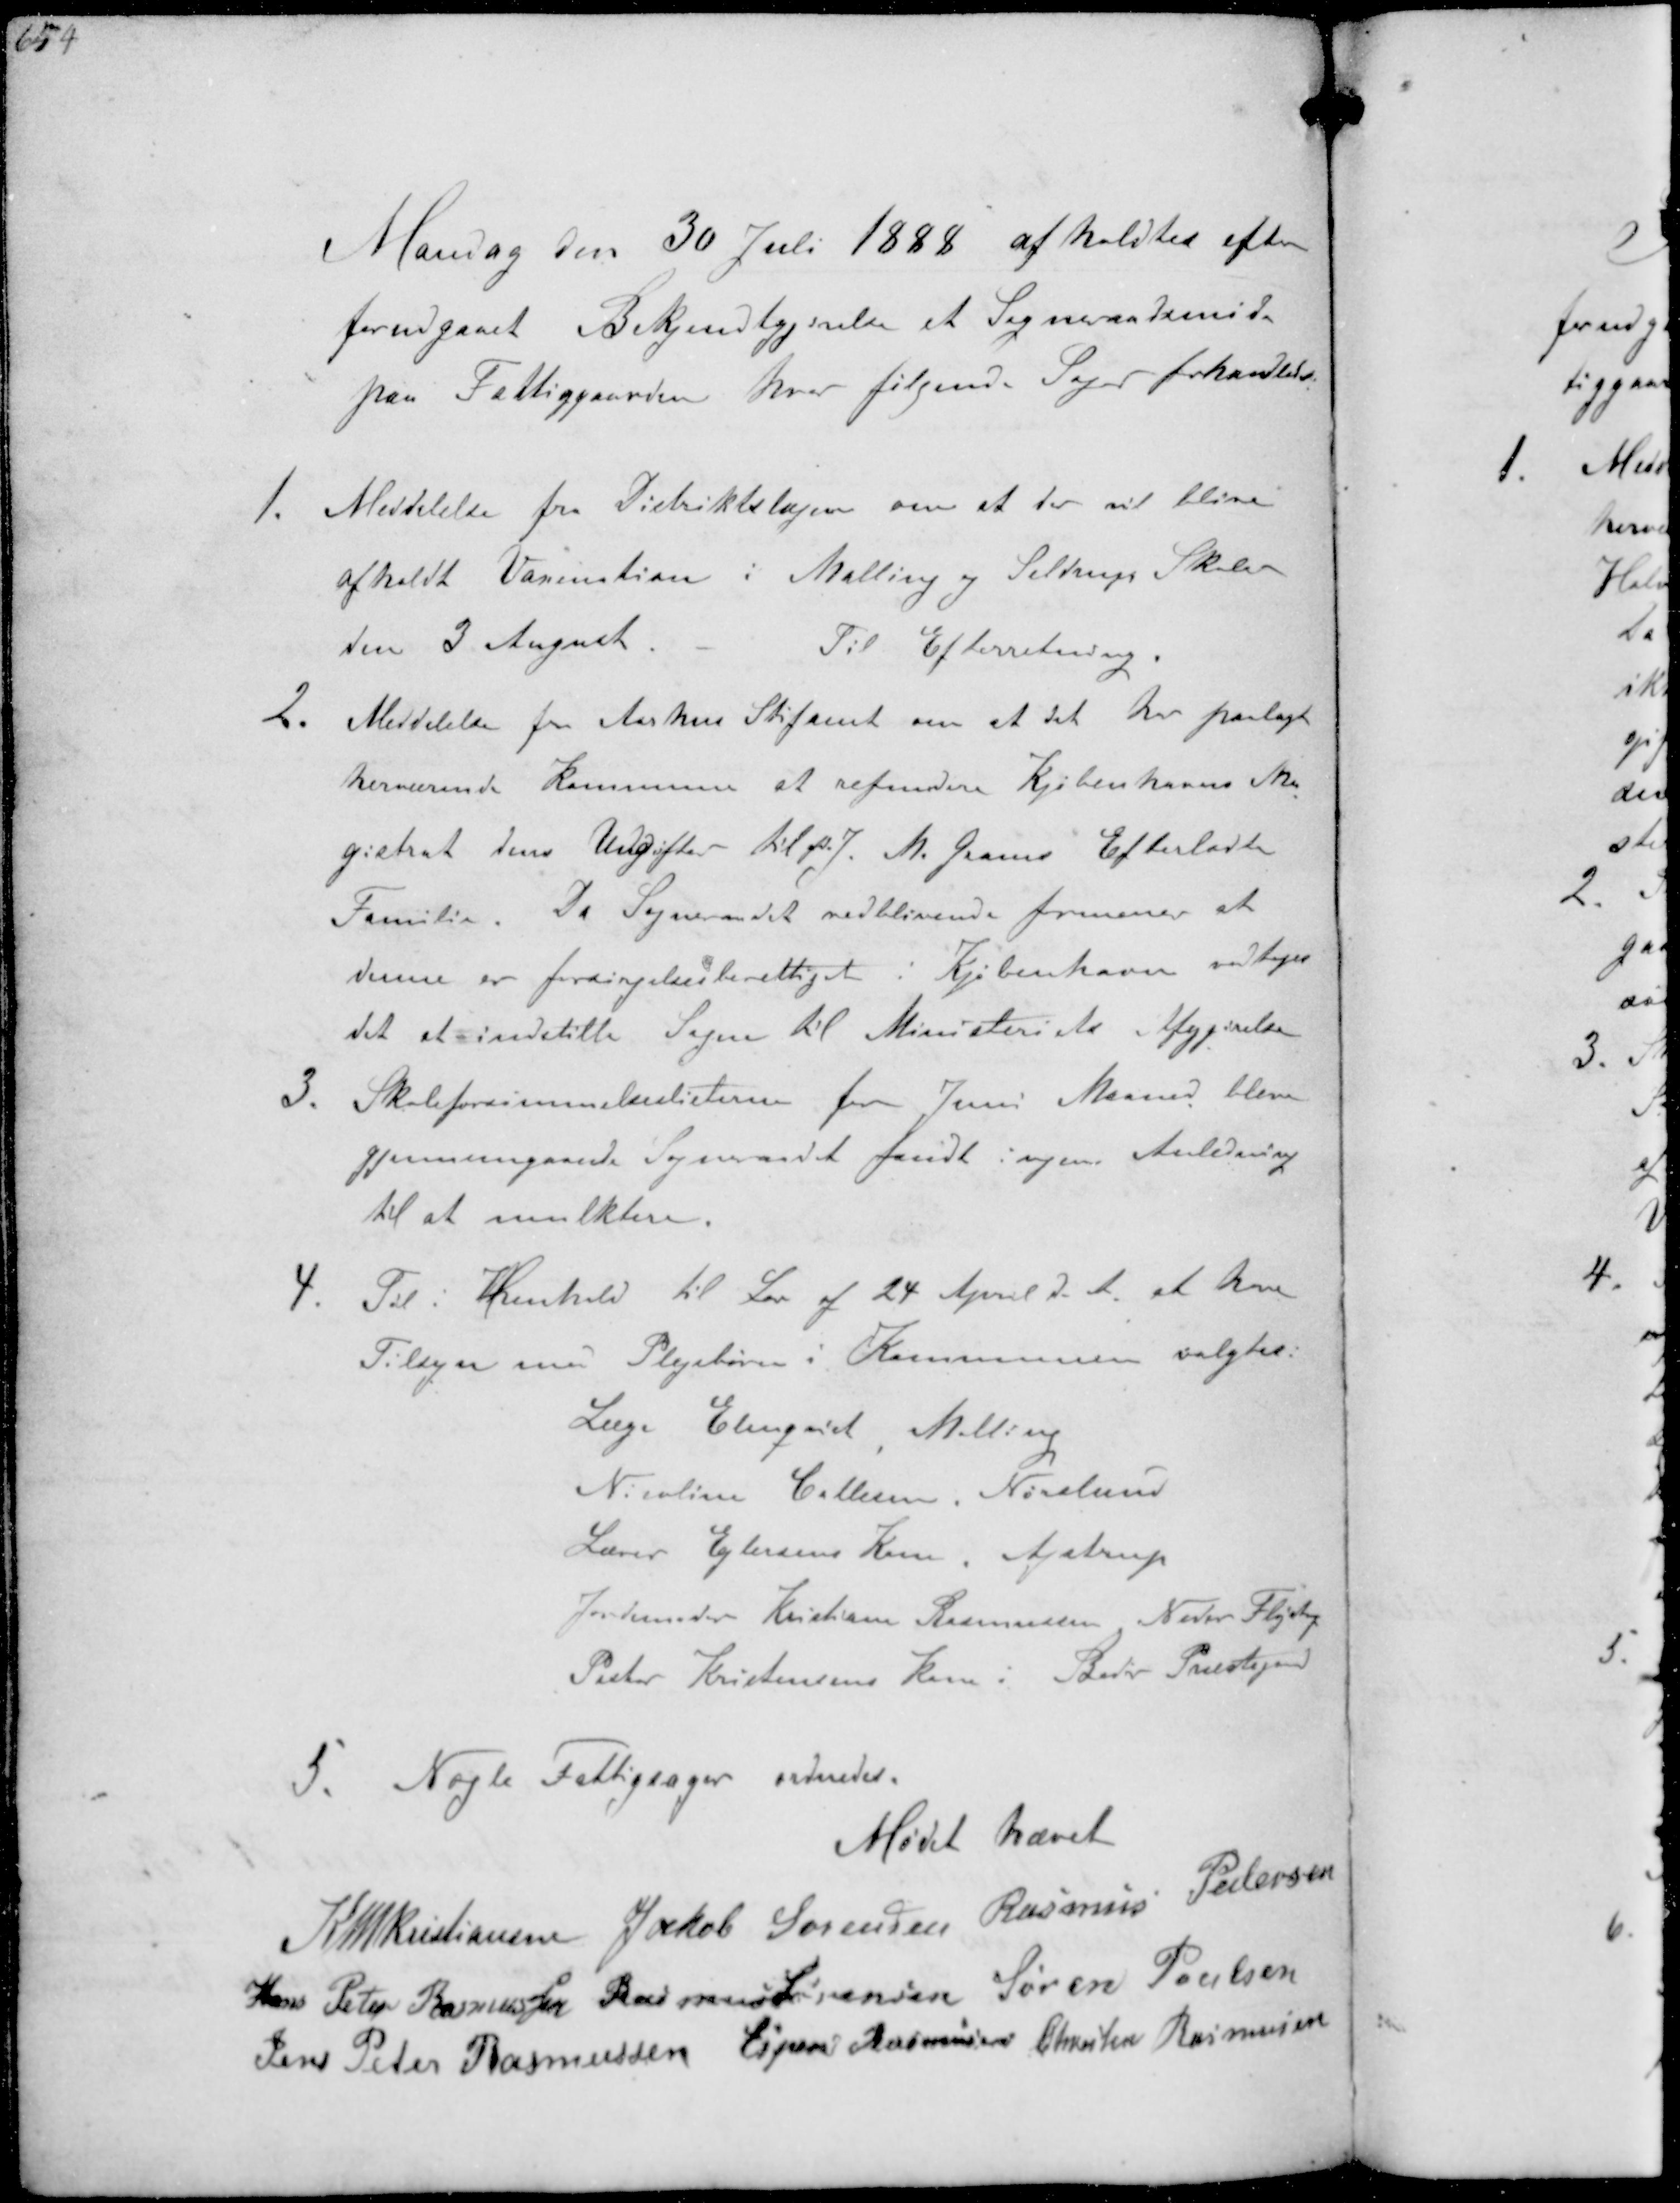
Transskription:
Mandag den 30 Juli 1888 afholdtes efter
forudgaaet Bekjendtgørelse et Sogneraadsmøde
kan Fattiggaarden hvor følgende Sager forhandledes
1. Meddelelse fra Distriktslægen om at der vil blive
afholdt Vasination i Malling og Seldrup Skoler
den 3 August
Til Efterretning.
2. Meddelelse fra Aarhus Stiftamt om at det har paalagt
herværende Kommune at refundere Kjøbenhavns Ma-
gistrat dens Udgifter til  J. M. Grams Efterladte
Familie. Da Sogneraadet vedblivende formener at
denne er forsørgelsesberettiget i Kjøbenhavn vedtoges
det at indstille Sagen til Ministeriets Afgjørelse
3. Skoleforsømmelseslisterne for Juni Maaned bleve
gjennemgaaede Sogneraadet fandt ingen Anledning
til at mulktere.
4. Til i Henhold til Lov af 24 April d. A. at have
Tilsyn med Plejebørn i Kommunen valgtes:
Læge Elgaard Malling
Nicoline Callesen, Norslund
Lærer Petersens Kone Ajstrup
Jordemoder Kristiane Rasmussen Neder Fløjstrup
Peter Kristensens Kone i Beder Præstegaard
5. Nogle Fattigsager ordnedes.
Mødet hævet
K N M Kristiansen Jakob Sørensen Rasmus Pedersen
Hans Peter Rasmussen Rasmus Sørensen Søren Poulsen
Jens Peter Rasmussen Esper Rasmussen Christen Rasmussen